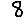
Digit: 8